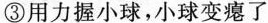
③用力握小球，小球变瘪了